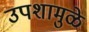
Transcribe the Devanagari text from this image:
उपशामुळे